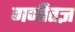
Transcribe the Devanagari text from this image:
गणीतज्ञ